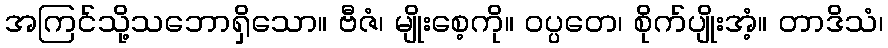
အကြင်သို့သဘောရှိသော။ ဗီဇံ၊ မျိုးစေ့ကို။ ဝပ္ပတေ၊ စိုက်ပျိုးအံ့။ တာဒိသံ၊